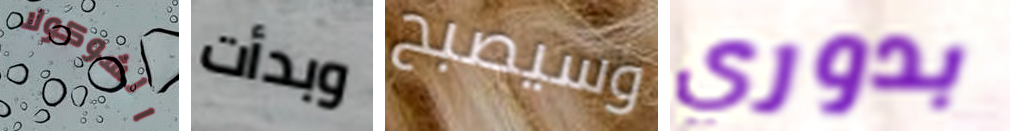
الشوكولا وبدأت وسيصبح بدوري